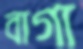
বাগা